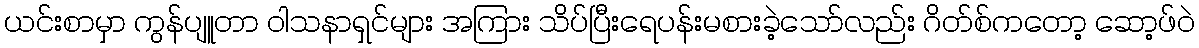
ယင်းစာမှာ ကွန်ပျူတာ ဝါသနာရှင်များ အကြား သိပ်ပြီးရေပန်းမစားခဲ့သော်လည်း ဂိတ်စ်ကတော့ ဆော့ဖ်ဝဲ